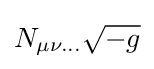
N_{\mu \nu ...}{\sqrt {-g}}